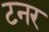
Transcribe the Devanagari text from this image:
टनर